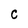
Character: C